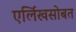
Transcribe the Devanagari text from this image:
एर्लिखसोबत